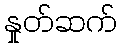
နှုတ်ဆက်